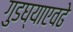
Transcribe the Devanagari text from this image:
गुडघ्याएवढे